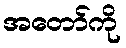
အတော်ကို